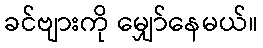
ခင်ဗျားကို မျှော်နေမယ်။